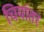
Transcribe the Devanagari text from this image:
चियांतर